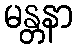
မန္တနာ